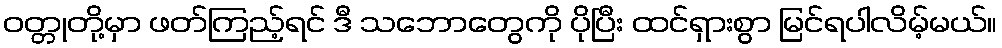
ဝတ္တုတို့မှာ ဖတ်ကြည့်ရင် ဒီ သဘောတွေကို ပိုပြီး ထင်ရှားစွာ မြင်ရပါလိမ့်မယ်။